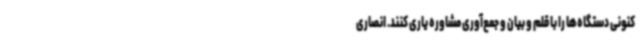
کنونی دستگاه‌ها را با قلم و بیان و جمع‌آوری مشاوره یاری کنند. انصاری